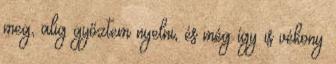
meg, alig győztem nyelni, és még így is vékony